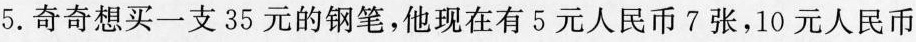
5. 奇奇想买一支35元的钢笔，他现在有5元人民币7张，10元人民币